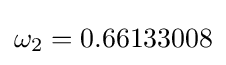
\omega _{2}=0.66133008